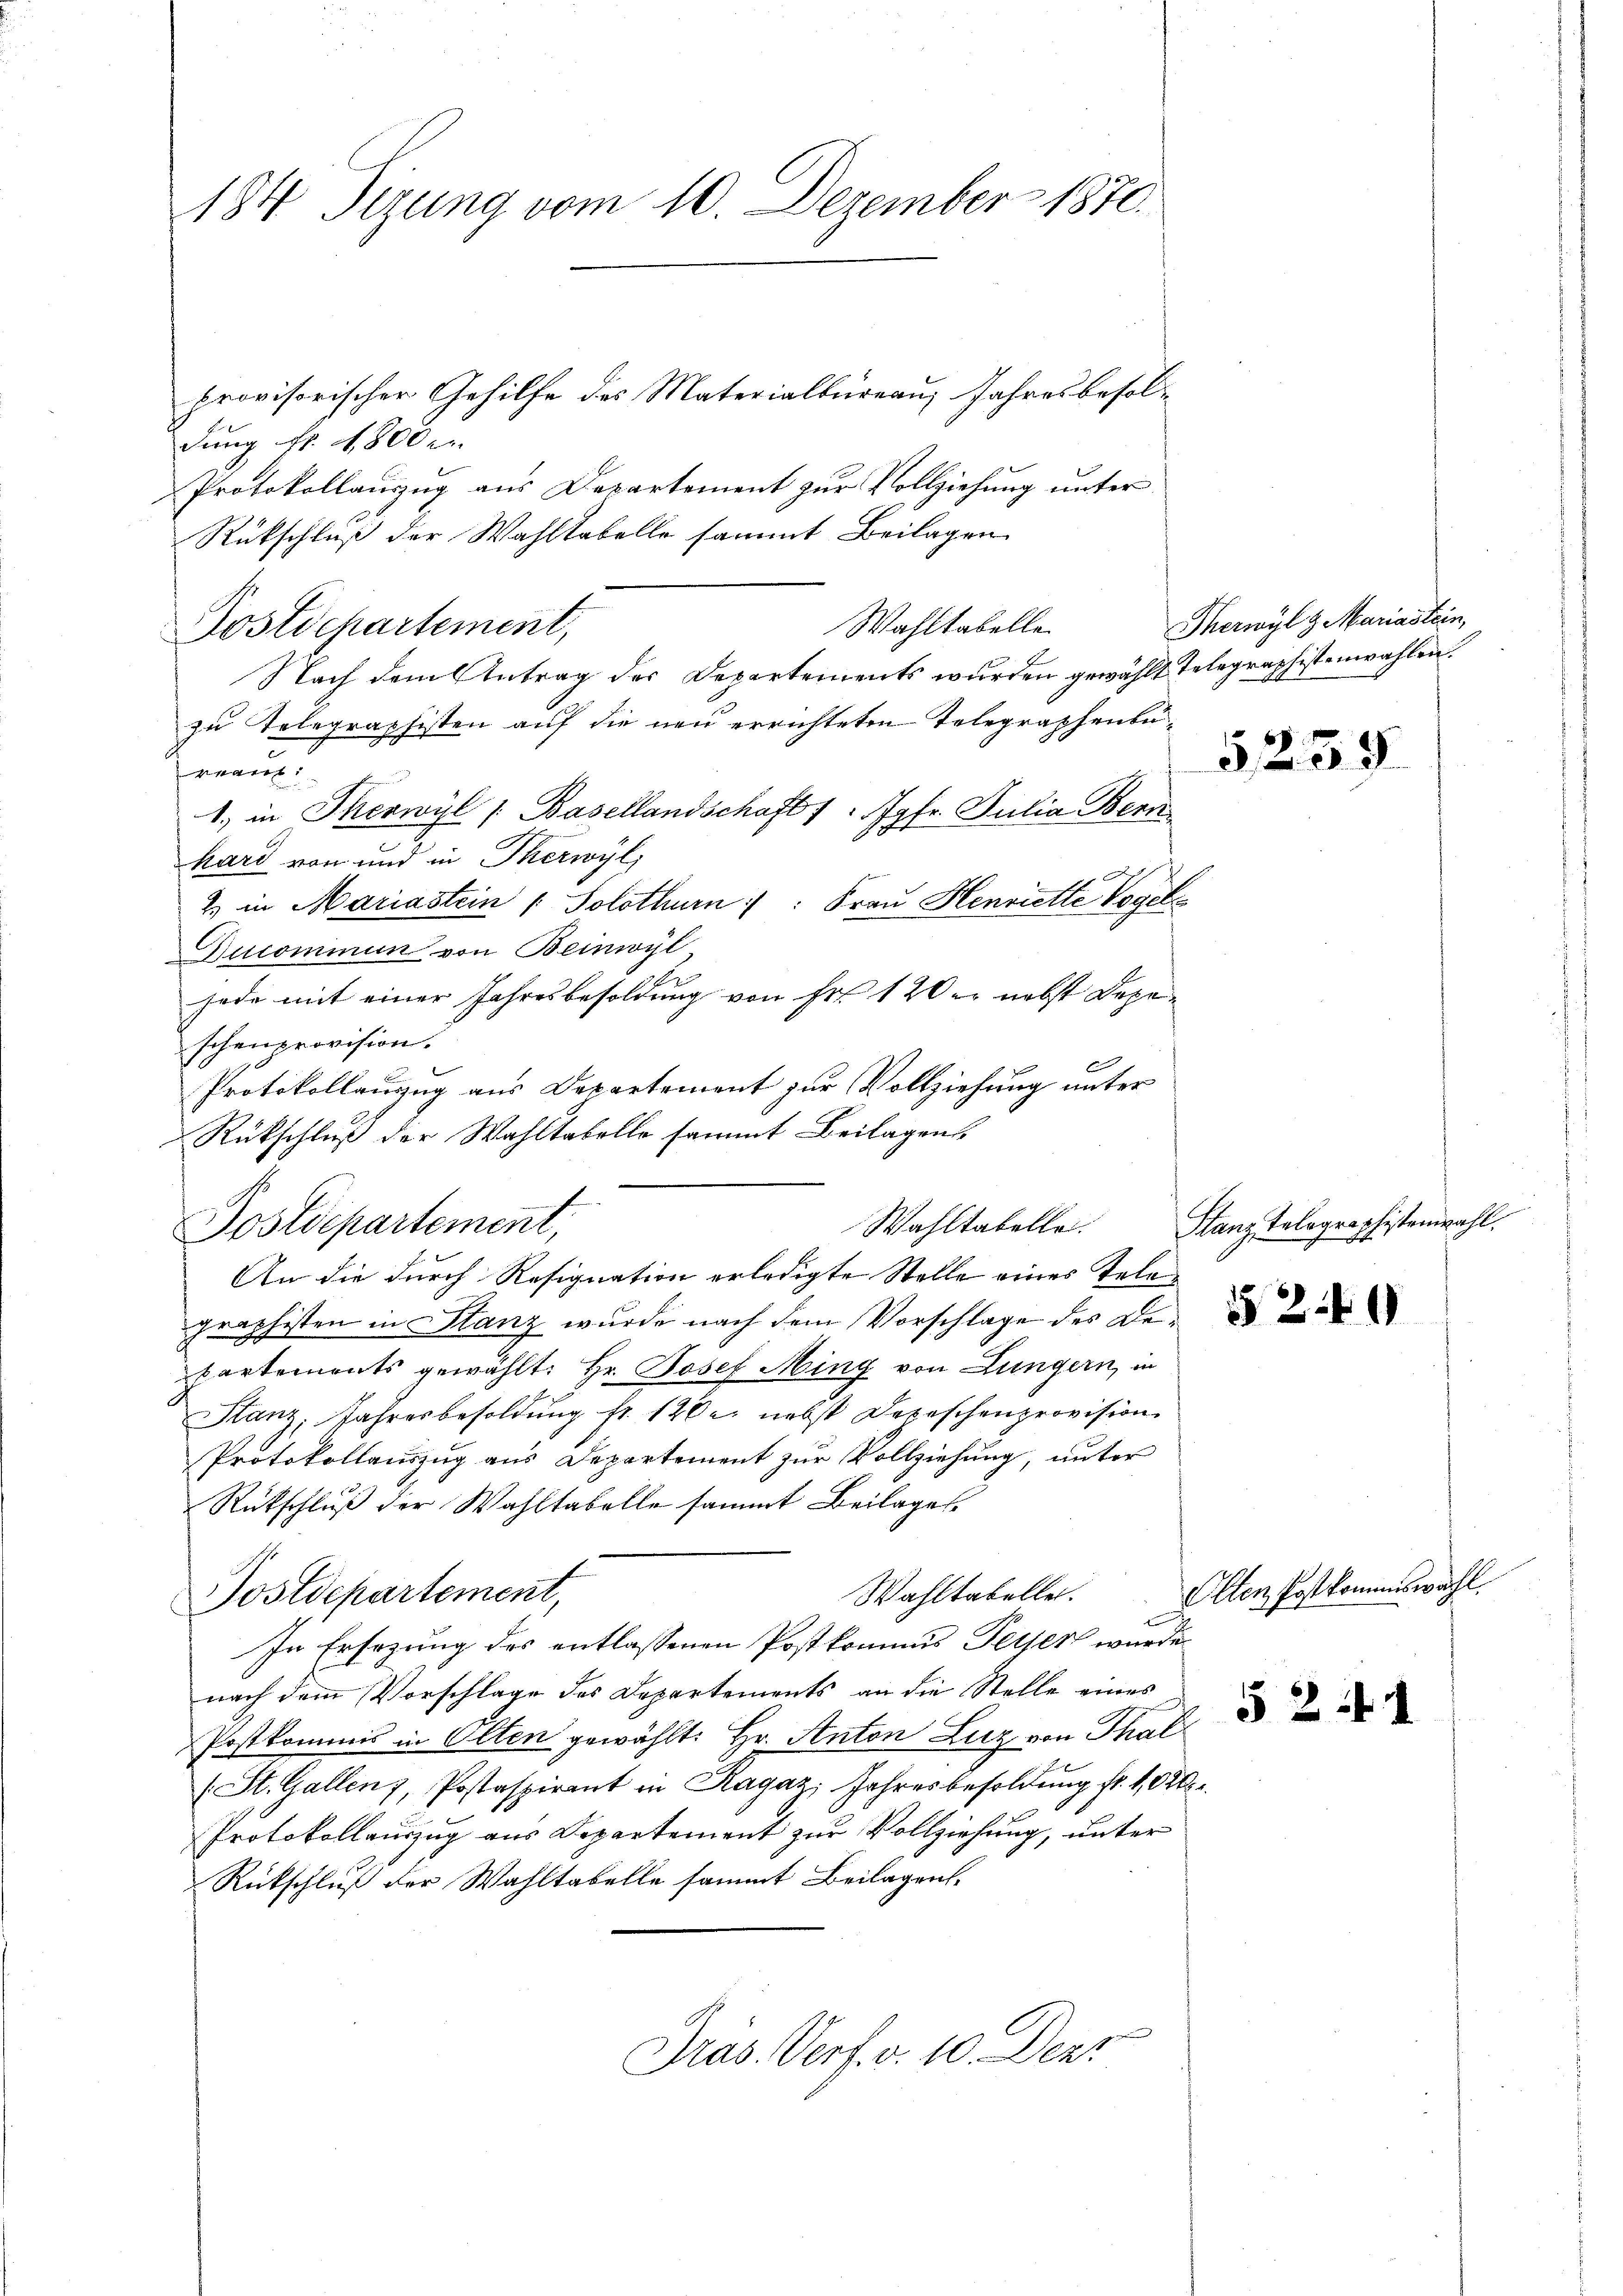
184 Tizung vom 10. Dezember 1870.

provisorischer Gehilfe des Materialbüreau, Jahresbesoldung fr. 4800.
Protokollauszug aus Departement zur Vollziehung unter
Rückschluß der Wahltabelle sammt Beilagen
Wahltabelle.
Nach dem Antrag des Departements wurden gewählt Telegraphistenwahlen.
zu Telegraphisten auf die neu errichteten Telegraphenbua
1. in Therwyl (Basellandschaft " " Jgfr. Julia Bern
hard von und in Therwyl,
2. in Mariastein ( Solothurn /: Frau Henriette Vogels
Ducominum von Beinwyl
jede mit einer Jahresbesoldung von Fr. 120 r. nebst Depeschenprovision.
Protokollanzug aus Departement zur Vollziehung unter
Postdepartement,
An die durch Resignation erledigte Stelle eines Tele
graphisten in Stanz wurde nach dem Vorschlage des De¬
Partements gewählt: Hr. Josef Ming von Lungern, in
Stanz, Jahresbesoldung fr. 120. nebst Depeschenprovision
Protokollauszug aus Departement zur Vollziehung, unter
Rückschluß der Wahltabelle sammt Beilages
Wahltabelle.
Postdepartement,
In Ersezung des entlassenen Postkommis Peter wurde
nach dem Vorschlage des Departements an die Stelle eines
Postkommis in Olten gewählt: Hr. Anton Lutz von Thal¬
(St. Gallenz, Postaspirant in Ragaz; Jahresbesoldung fl. 1020.
Protokollauszug aus Departement zur Vollziehung, unter
Rückschluß der Wahltabelle sammt Beilagen,
Präs. Verf. v. 10. Dezz

Postdepartement,

Rückschluß der Wahltabelle sammt Beilagen,
Wahltabellei

Therwyl & Mariastein,

Stanz, Tolographistenwahl

5259

§ 249

Olten Post kommiswahl.

§ 2

¬